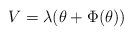
\begin{align*}V=\lambda (\theta +\Phi (\theta )) \end{align*}